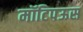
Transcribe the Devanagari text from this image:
मॉटिपऊस